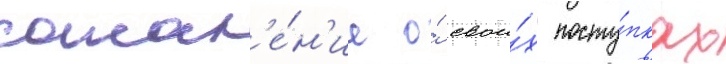
сожал'е́н'ие о́ свои́х посту́пках